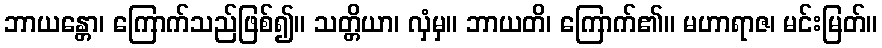
ဘာယန္တော၊ ကြောက်သည်ဖြစ်၍။ သတ္တိယာ၊ လှံမှ။ ဘာယတိ၊ ကြောက်၏။ မဟာရာဇ၊ မင်းမြတ်။